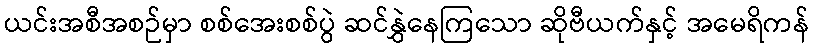
ယင်းအစီအစဉ်မှာ စစ်အေးစစ်ပွဲ ဆင်နွှဲနေကြသော ဆိုဗီယက်နှင့် အမေရိကန်